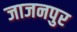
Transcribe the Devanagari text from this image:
जाजनपुर